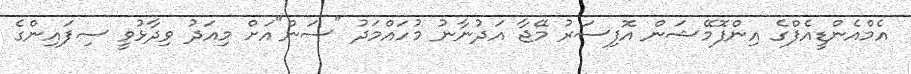
އެމްއެންޑީއެފްގެ އިންފޮމޭޝަން އޮފިސަރު މޭޖާ އަދުނާނު މުހައްމަދު "ސަން"އަށް މިއަދު ވިދާޅުވީ ސިފައިންގެ